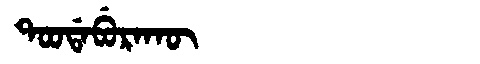
Manchu: ᡨᠣᠣᡩᠠᠪᡠᡵᠠᡴᡡ
Romanization: TOODABURAKŪ